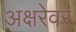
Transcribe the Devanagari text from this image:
अक्षरेवर